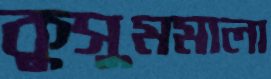
কুসুমমালা